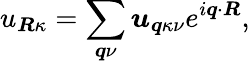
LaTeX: u_{\boldsymbol{R}\kappa}=\sum_{\boldsymbol{q}\nu}\boldsymbol{u}_{\boldsymbol{q}\kappa\nu}e^{i\boldsymbol{q}\cdot\boldsymbol{R}},